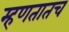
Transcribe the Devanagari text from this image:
म्हणतातच